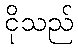
ငိုသည်